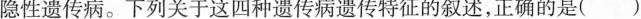
隐性遗传病。下列关于这四种遗传病遗传特征的叙述，正确的是( )